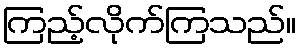
ကြည့်လိုက်ကြသည်။